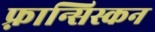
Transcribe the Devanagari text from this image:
फ़्रान्सिस्कन